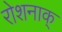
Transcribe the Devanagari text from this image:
रोशनाक्‌